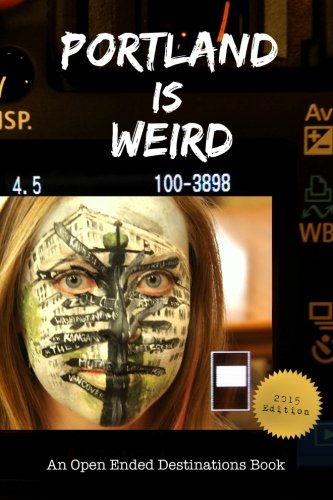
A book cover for Portland is Weird: 365 Unique Days in the City of Roses; Benjamin Zanol; Travel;